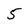
Character: 5